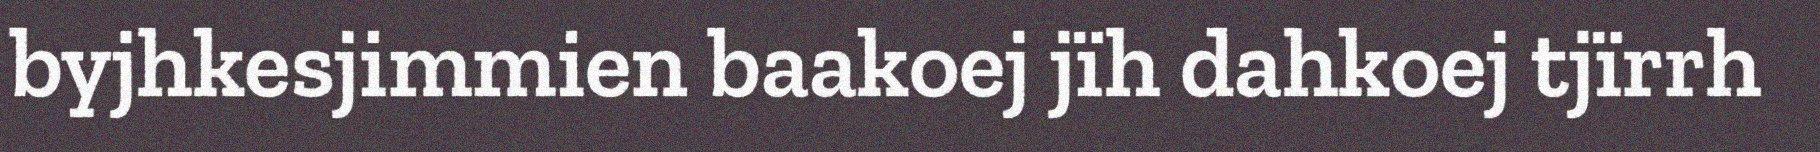
byjhkesjimmien baakoej jïh dahkoej tjïrrh